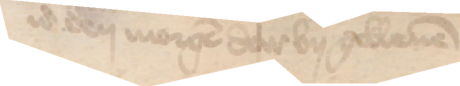
id den morgen da by gebleuen